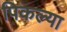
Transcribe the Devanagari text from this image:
पिकल्या